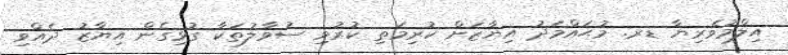
އިލްމުވެރިޔާ ޑރ. މުޙައްމަދު އިޔާޒަށް ކުރިމަތި ކުރުވި ސުވާލުތަކާ ގުޅިގެން އިޔާޒު ދެއްވި